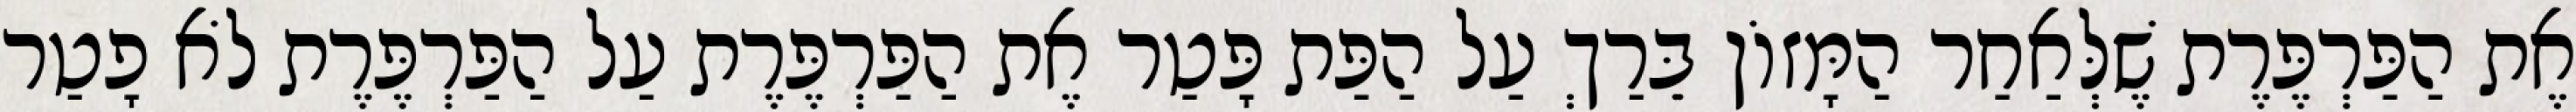
אֶת הַפַּרְפֶּרֶת שֶׁלְּאַחַר הַמָּזוֹן בֵּרַךְ עַל הַפַּת פָּטַר אֶת הַפַּרְפֶּרֶת עַל הַפַּרְפֶּרֶת לֹא פָטַר